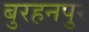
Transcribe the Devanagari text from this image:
बुरहनपुर